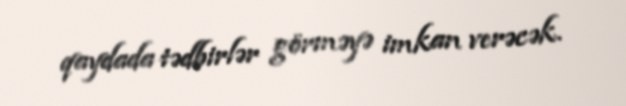
qaydada tədbirlər görməyə imkan verəcək.